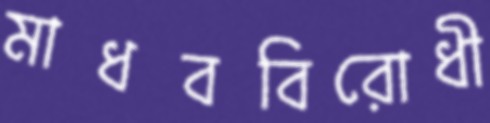
মাধববিরোধী